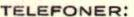
TELEFONER: